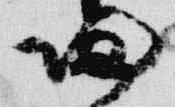
帰